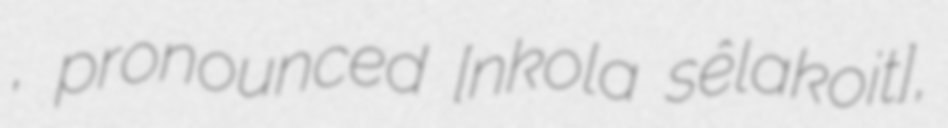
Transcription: Селаковић, pronounced [nǐkola sêlaːkoʋitɕ],